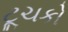
ટૂચકો